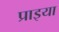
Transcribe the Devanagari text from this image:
प्राइया